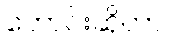
တောင်းဆိုတာ